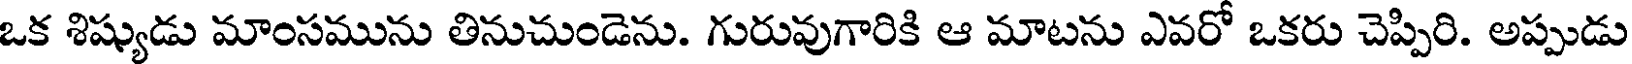
ఒక శిష్యుడు మాంసమును తినుచుండెను. గురువుగారికి ఆ మాటను ఎవరో ఒకరు చెప్పిరి. అప్పుడు